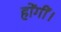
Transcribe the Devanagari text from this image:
होंगीं।